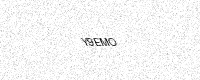
Text: Y9EMO